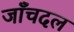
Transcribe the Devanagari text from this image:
जाँचदल